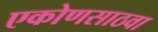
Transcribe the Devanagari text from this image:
एकोणसाठवा